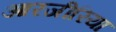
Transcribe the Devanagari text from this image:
आरजीरिया